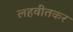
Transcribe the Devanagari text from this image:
लहवीतकर